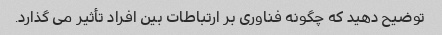
توضیح دهید که چگونه فناوری بر ارتباطات بین افراد تأثیر می گذارد.